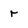
Character: r